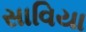
સાવિયા